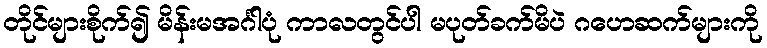
တိုင်များစိုက်၍ မိန်းမအင်္ဂါပုံ ကာလတွင်ပါ မပုတ်ခက်မိပဲ ဂဟေဆက်များကို